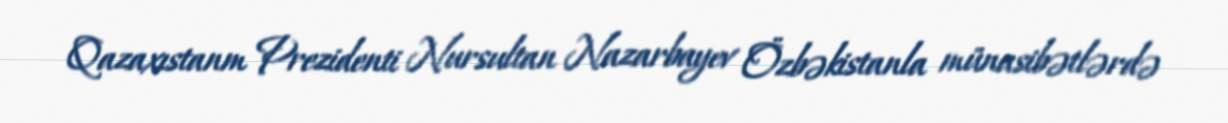
Qazaxıstanm Prezidenti Nursultan Nazarbayev Özbəkistanla münasibətlərdə